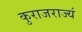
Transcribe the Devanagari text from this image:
कुराजराज्यं